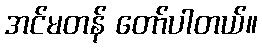
အင်မတန် တော်ပါတယ်။